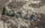
عندما